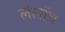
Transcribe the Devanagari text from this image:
लेलॉच